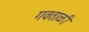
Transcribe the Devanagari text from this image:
गवताळी